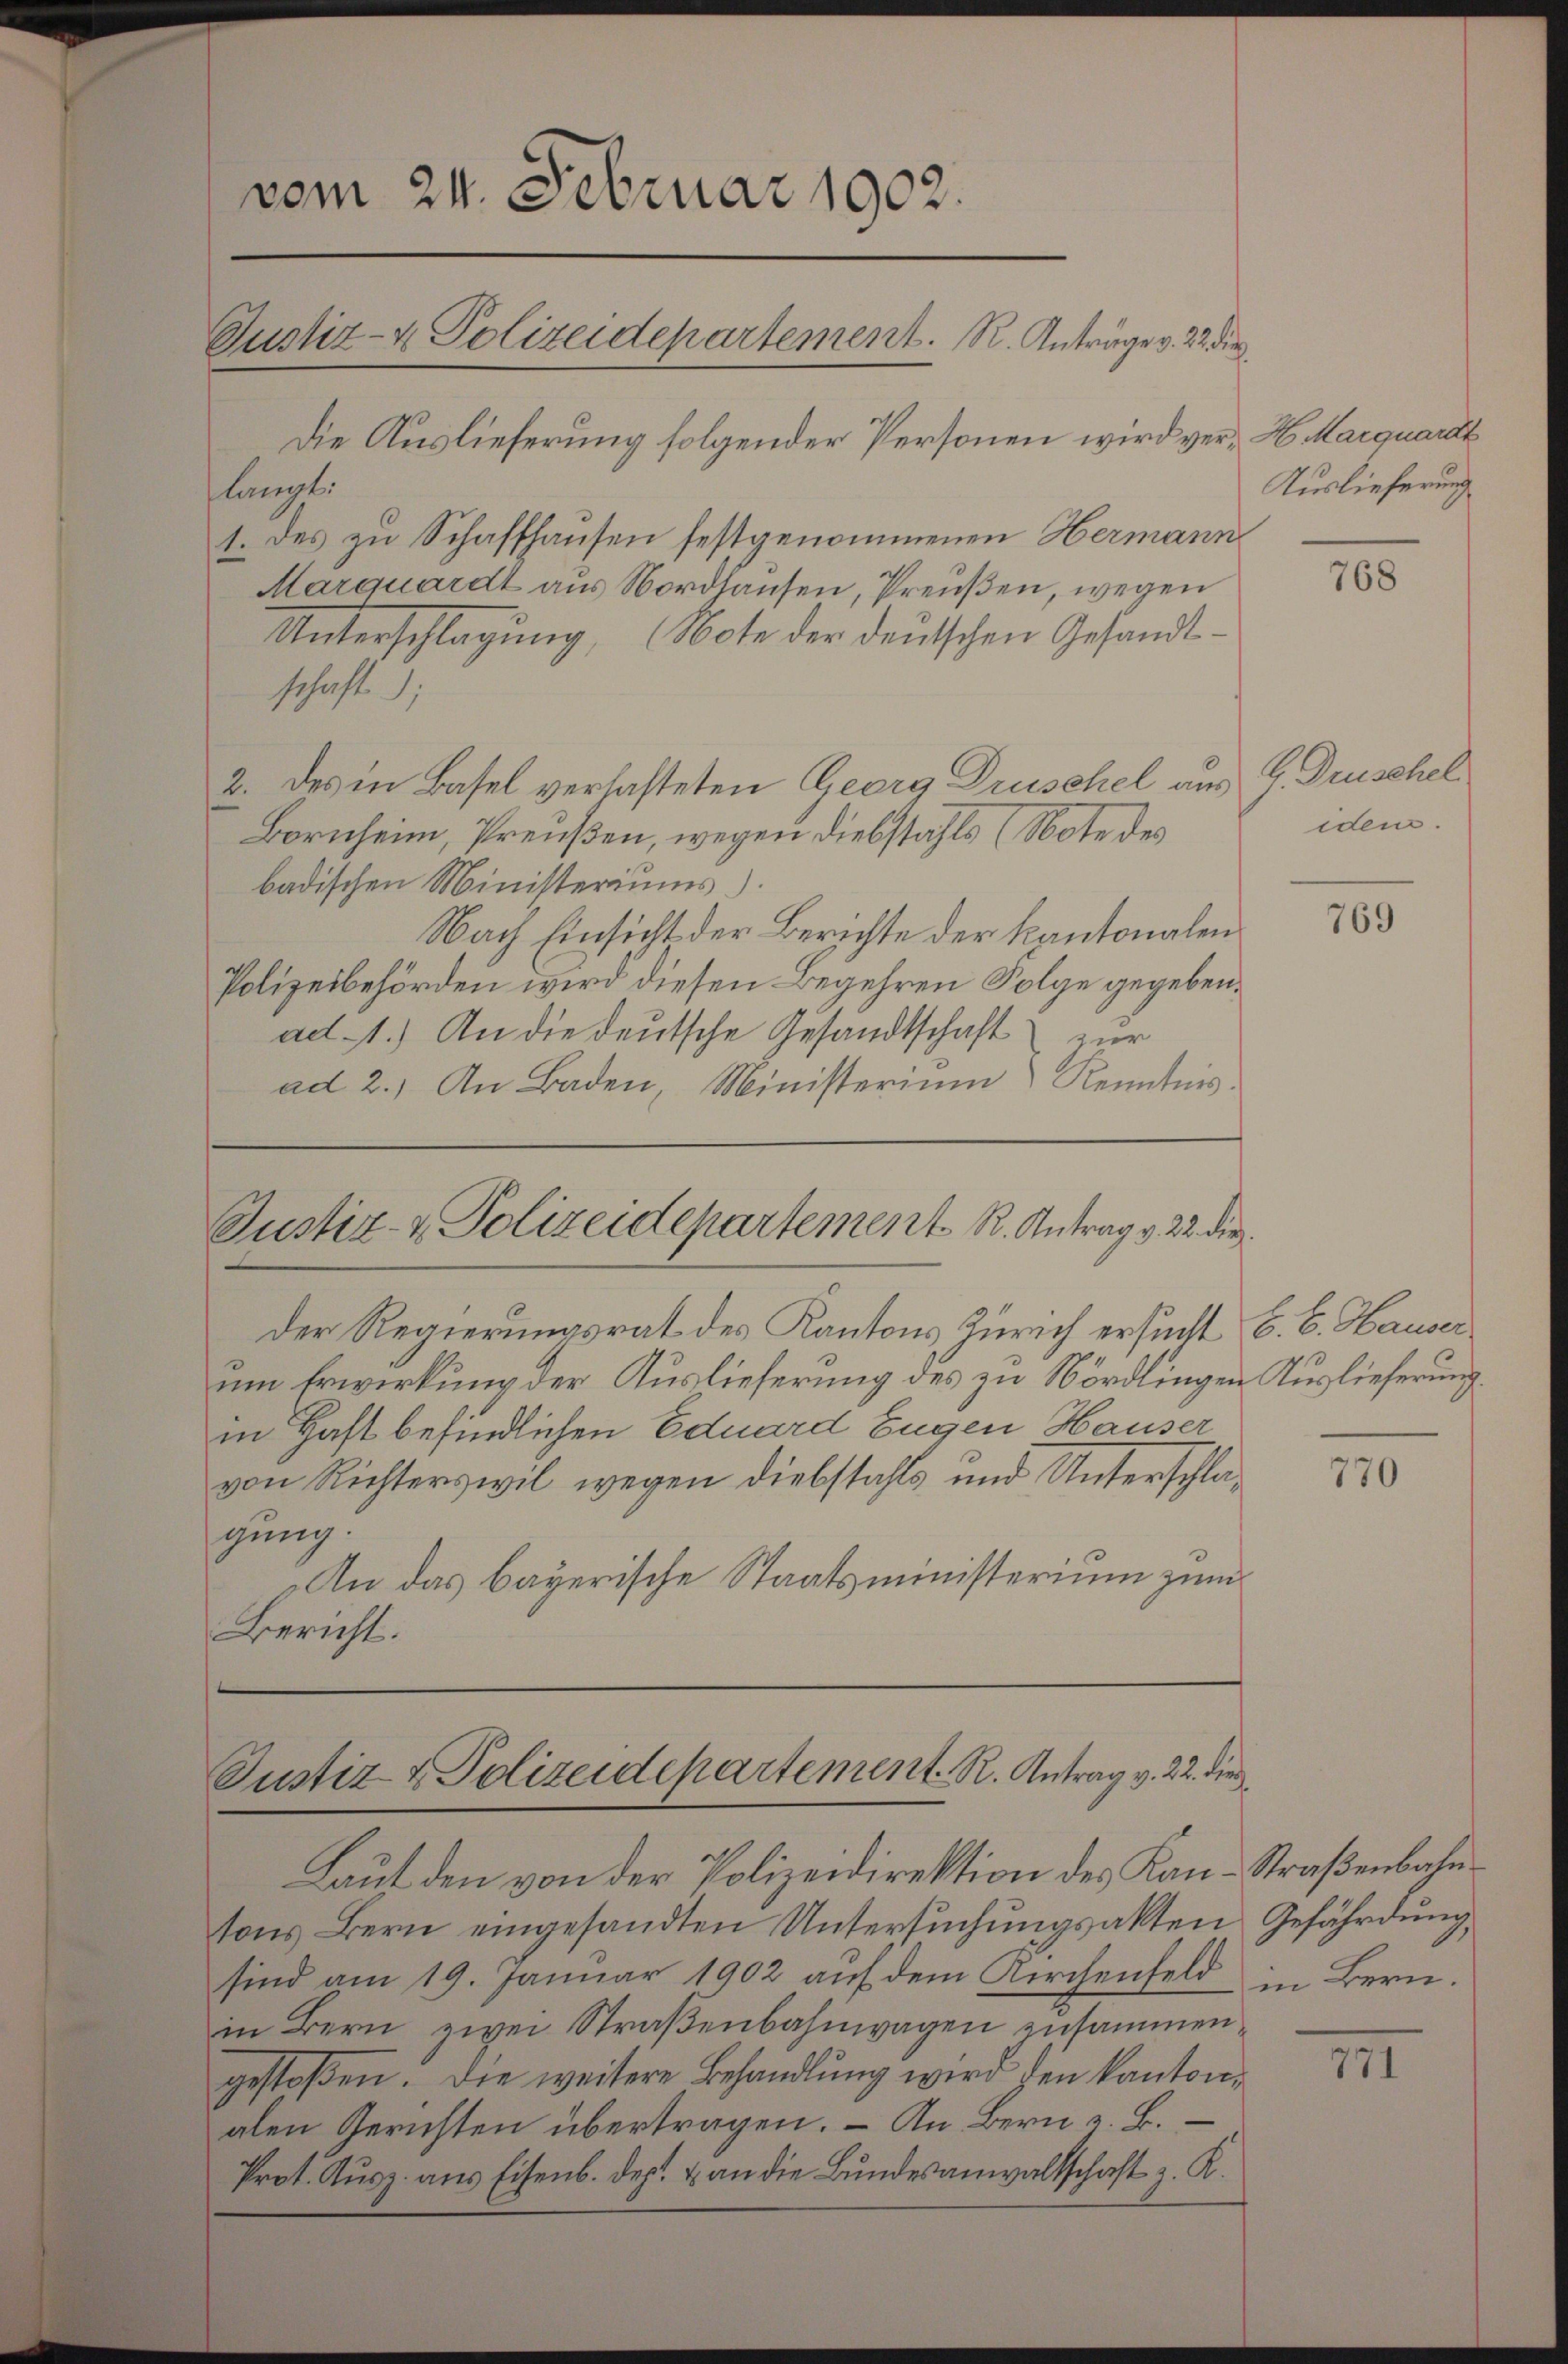
vom 24. Februar 1902.
Justiz- & Polizeidepartement. R. Anträge v. 22. die
Die Auslieferung folgender Personen wird ver-H. Marquardt
langt.
1. des zu Schaffhausen festgenommenen Hermann

Marquardt aus Nordhausen, Preußen, wegen
Unterschlagung, (Note der deutschen Gesandt-
schaft;
2. des in Basel verlasteten Georg Druschel aus
Bornheim, Preußen, wegen diebstahls (Note des
badischen Ministeriums)
Nach Einsicht der Berichte der Kantonalen
Polizeibehörden wird diesen Begehren Folge gegeben.
ad 1.) An die deutsche Gesandtschaft
zur
ad 2.) An Baden, Ministerium) Kenntnis.

Justiz- & Polizeidepartements R. Antrag v. 22. die

in Haft befindlichen Eduard Eugen Hauser

Der Regierungsrat des Kantons Zürich ersucht
von Richterswil wegen Diebstahls und Unterschlagung.
An das bayerische Staatsministerium zum
Bericht.

um Erwirkung der Auslieferung des zu Nördlingen Auslieferung.

Justiz & Polizeidepartement. R. Antrag v. 22. die

Laut den von der Polizeidirektion des Kan-Straßenbahntons Bern eingesandten Untersŭchŭngsakten Gefährdung,
sind am 19. Januar 1902 auf dem Kirchenfeld in Bern.
in Bern zwei Straβenbahnwagen zusammengestoßen. Die weitere Behandlung wird den kantonalen Gerichten übertragen. – An Bern z. B.
Prot. Ausz. aus Eisenb. dep. & an die Bundesanwaltschaft u. K.

Auslieferung

768

G Druschel
idem.

769

E. E. Hauser

770

III